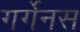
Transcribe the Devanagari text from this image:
गर्गेनस